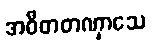
အဝီတတဏှာသေ